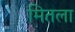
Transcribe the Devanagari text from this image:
मितला